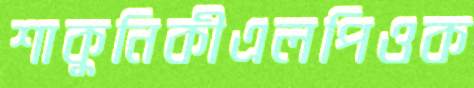
শাকুনিকীএলপিওক